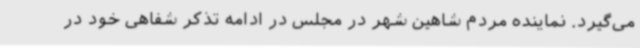
می‌گیرد. نماینده مردم شاهین شهر در مجلس در ادامه تذکر شفاهی خود در